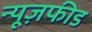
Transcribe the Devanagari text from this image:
न्यूज़फीड